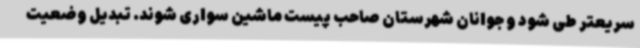
سریعتر طی شود و جوانان شهرستان صاحب پیست ماشین سواری شوند. تبدیل وضعیت